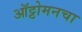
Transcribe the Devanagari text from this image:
ऑट्टोमनचा